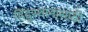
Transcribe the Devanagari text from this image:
हिंदुस्थानासाठी